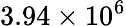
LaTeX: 3.94\times 10^{6}